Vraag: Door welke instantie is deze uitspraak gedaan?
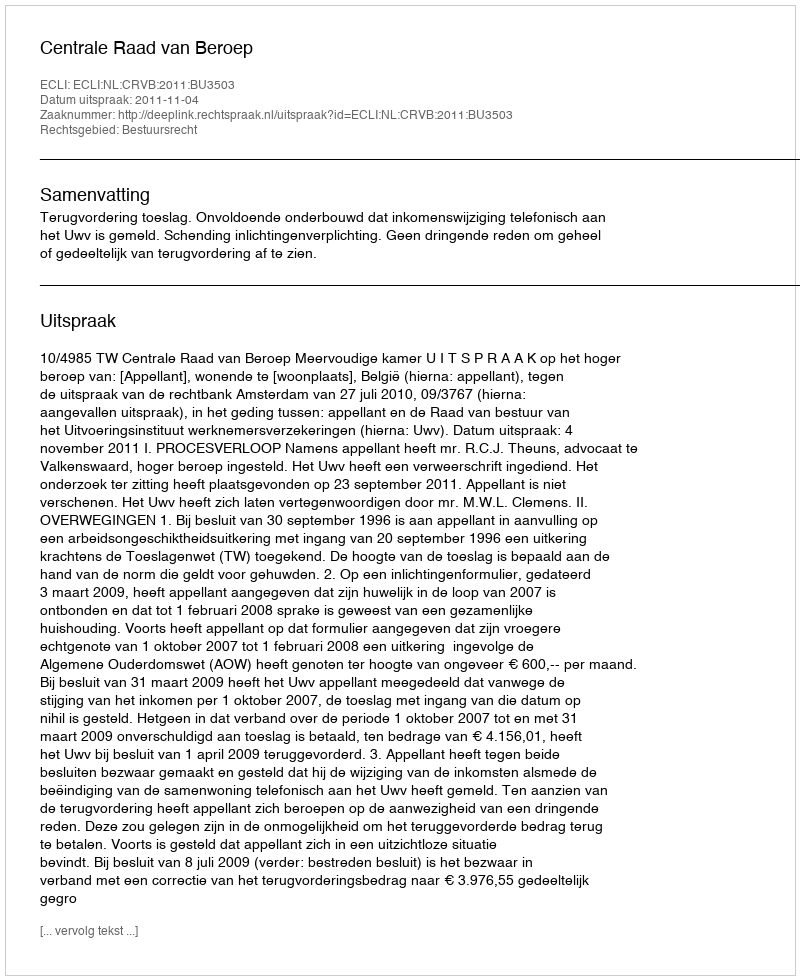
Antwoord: Centrale Raad van Beroep